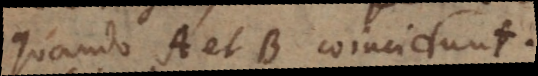
quando A et B coincidunt.